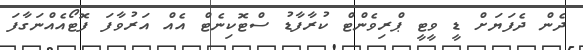
ދެން ދެފަޔަށް ޑީ ވީޓީ ޕްރިވެންޓް ކުރާފާޑު ސްޓޮކިނެޓް އެއް އަރުވާފަ ފޮޓޯއެއްނަގާފަ